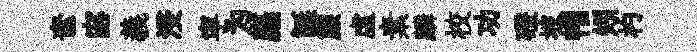
奩宓義浸寜为廡誕簾虛素麟校功磴坡帽矧杓